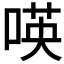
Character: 𠸄